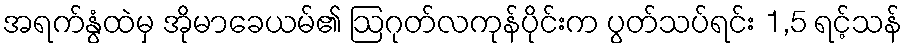
အရက်နွံထဲမှ အိုမာခေယမ်၏ ဩဂုတ်လကုန်ပိုင်းက ပွတ်သပ်ရင်း 1,5 ရင့်သန်